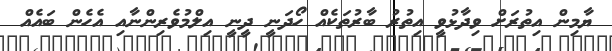
ޔާމިން އިތުރަށް ވިދާޅުވީ އިތުރު ބާރުތަކެއް ހޯދަނީ ދީނީ އިލްމުވެރިންނާއި އެހެން ބައެއް